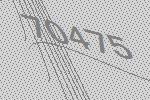
70475